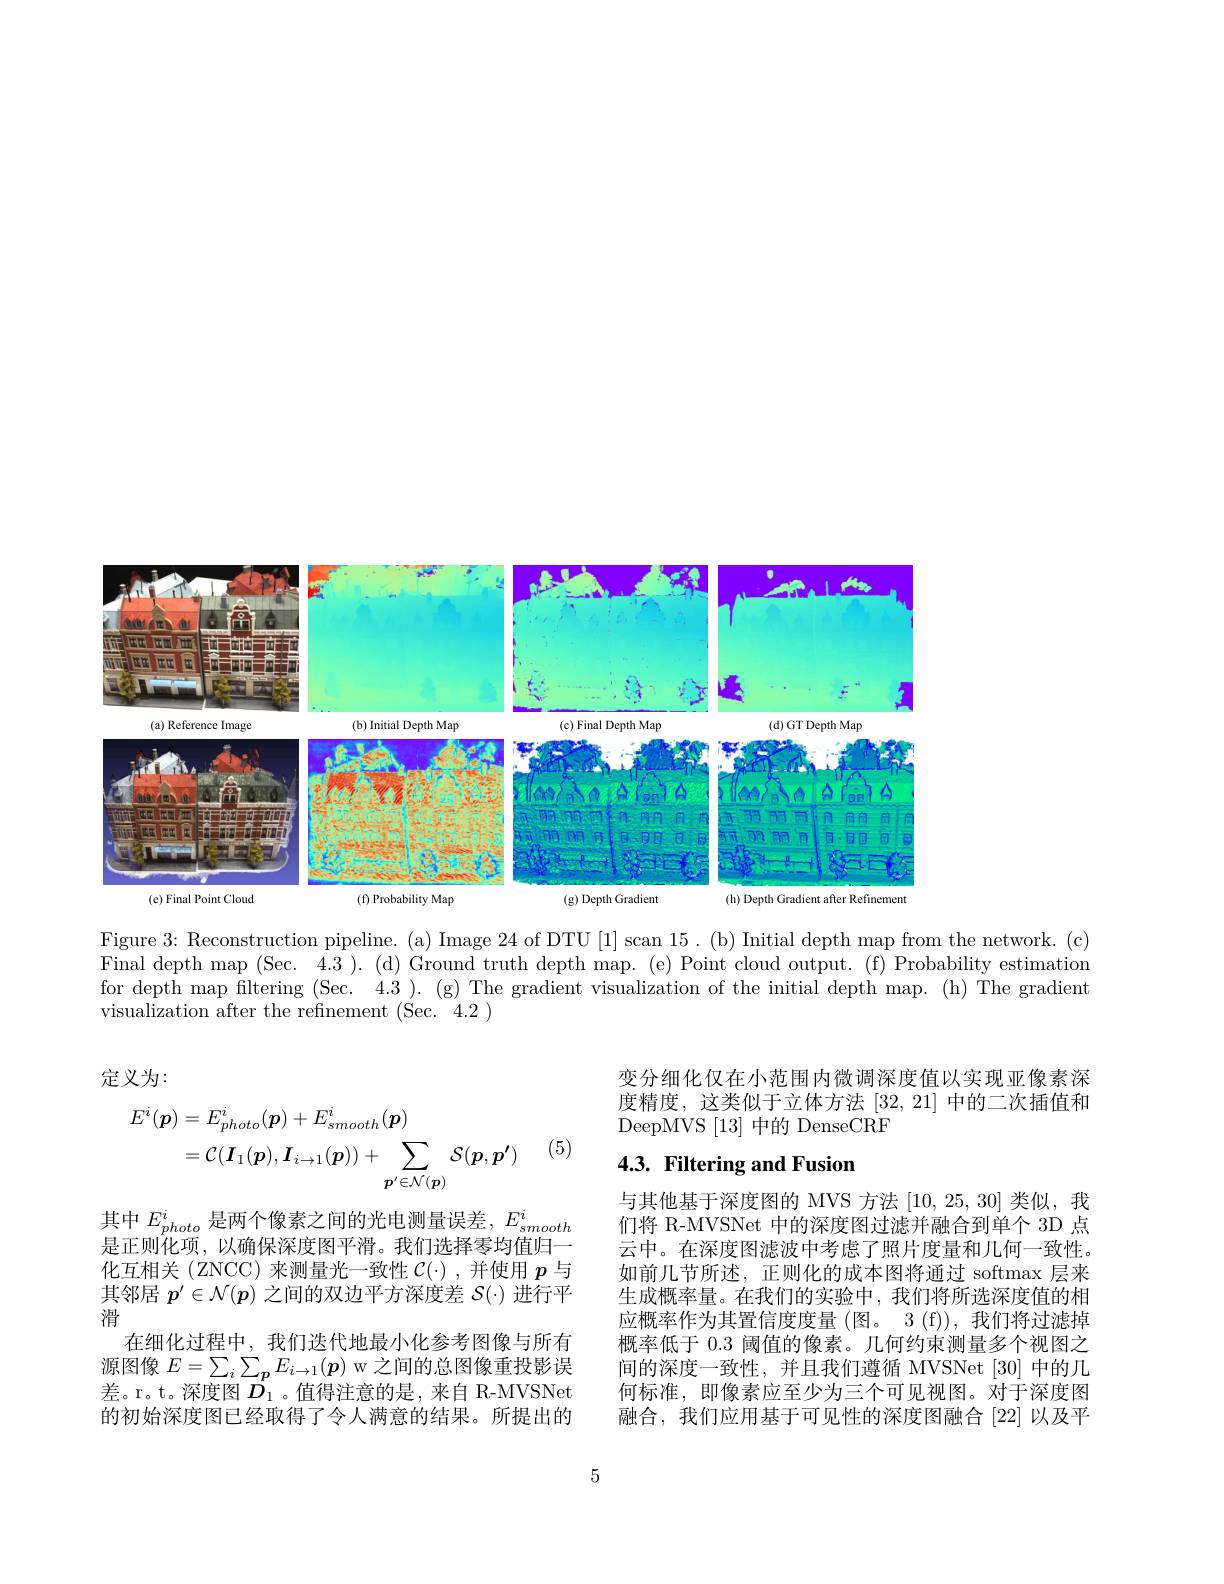
<FigureHere>

Figure 3: Reconstruction pipeline. (a) Image 24 of DTU [1] scan 15. (b) Initial depth map from the network. (c) Final depth map (Sec. 4.3 ). (d) Ground truth depth map. (e) Point cloud output. (f) Probability estimation for depth map filtering (Sec. 4.3 ). (g) The gradient visualization of the initial depth map. (h) The gradient visualization after the refinement (Sec. 4.2 )

定义为：

变分细化仅在小范围内微调深度值以实现亚像素深度精度，这类似于立体方法[32,21]中的二次插值和DeepMVS [13] 中的 DenseCRF
$$\begin{aligned}E^{i}(\boldsymbol{p})&=E_{photo}^{i}(\boldsymbol{p})+E_{smooth}^{i}(\boldsymbol{p})\\&=\mathcal{C}(\boldsymbol{I}_{1}(\boldsymbol{p}),\boldsymbol{I}_{i\to1}(\boldsymbol{p}))+\sum_{\boldsymbol{p}^{\prime}\in\mathcal{N}(\boldsymbol{p})}\mathcal{S}(\boldsymbol{p},\boldsymbol{p}^{\prime})\end{aligned}$$
(5)

# 4.3. Filtering and Fusion

与其他基于深度图的 MVS 方法[10,25,30]类似，我们将 R-MVSNet 中的深度图过滤并融合到单个 3D 点云中。在深度图滤波中考虑了照片度量和几何一致性。如前几节所述，正则化的成本图将通过 softmax 层来生成概率量。在我们的实验中，我们将所选深度值的相应概率作为其置信度度量 (图。3 (f)), 我们将过滤掉概率低于 0.3 阈值的像素。几何约束测量多个视图之间的深度一致性，并且我们遵循 MVSNet [30] 中的几何标准，即像素应至少为三个可见视图。对于深度图融合，我们应用基于可见性的深度图融合[22]以及平

其中$E_{photo}^i$是两个像素之间的光电测量误差，$E_smooth^i$ 是正则化项，以确保深度图平滑。我们选择零均值归一化互相关(ZNCC)来测量光一致性$\mathcal{C}(\cdot)$,并使用$p$与其邻居$p^{\prime}\in\mathcal{N}(p)$之间的双边平方深度差$\mathcal{S}(\cdot)$进行平滑
在细化过程中，我们迭代地最小化参考图像与所有源图像$E=\sum_i\sum_{\boldsymbol{p}}E_{i\to1}(\boldsymbol{p})$ w 之间的总图像重投影误差。r。t。深度图$\dot{D}_{1}$ 。值得注意的是，来自 R-MVSNet 的初始深度图已经取得了令人满意的结果。所提出的

5